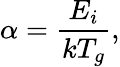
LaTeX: \alpha=\frac{E_{i}}{kT_{g}},